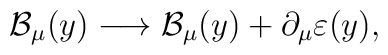
\mathcal{B}_{\mu}(y)\longrightarrow \mathcal{B}_{\mu}(y)+\partial_{\mu}\varepsilon(y),